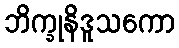
ဘိက္ခုနိဒူသကော